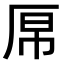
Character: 𫨉